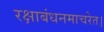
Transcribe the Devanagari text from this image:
रक्षाबंधनमाचरेत।